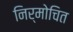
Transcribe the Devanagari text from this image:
निर्मोचित